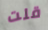
قلت